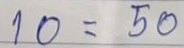
10 = 50